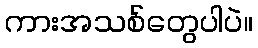
ကားအသစ်တွေပါပဲ။